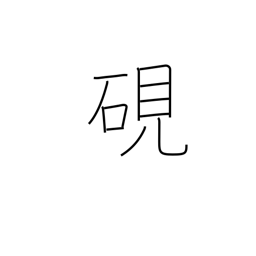
Meaning: inkstone